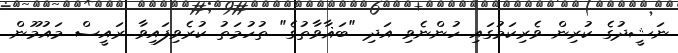
ނަޝީދުގެ ކުރިން ވެރިކަމުގައި ހުންނެވި އަދި "ބަޣާވާތުގެ" ތުހުމަތު ކުރެވިފައިވާ ރައީސް މައުމޫން